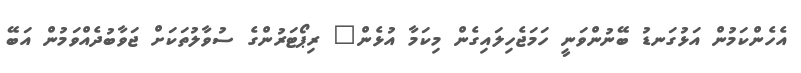
އެހެންކަމުން އަޅުގަނޑު ބޭނުންވަނީ ހަމަޖެހިލައިގެން މިކަމާ އުޅެން" ރިޕޯޓަރުންގެ ސުވާލުތަކަށް ޖަވާބުދެއްވަމުން އަބޭ